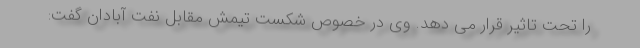
را تحت تاثیر قرار می دهد. وی در خصوص شکست تیمش مقابل نفت آبادان گفت: